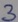
Text: 3